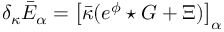
\delta _ { \kappa } \bar { E } _ { \alpha } = \big [ \bar { \kappa } ( e ^ { \phi } \star G + \Xi ) \big ] _ { \alpha }